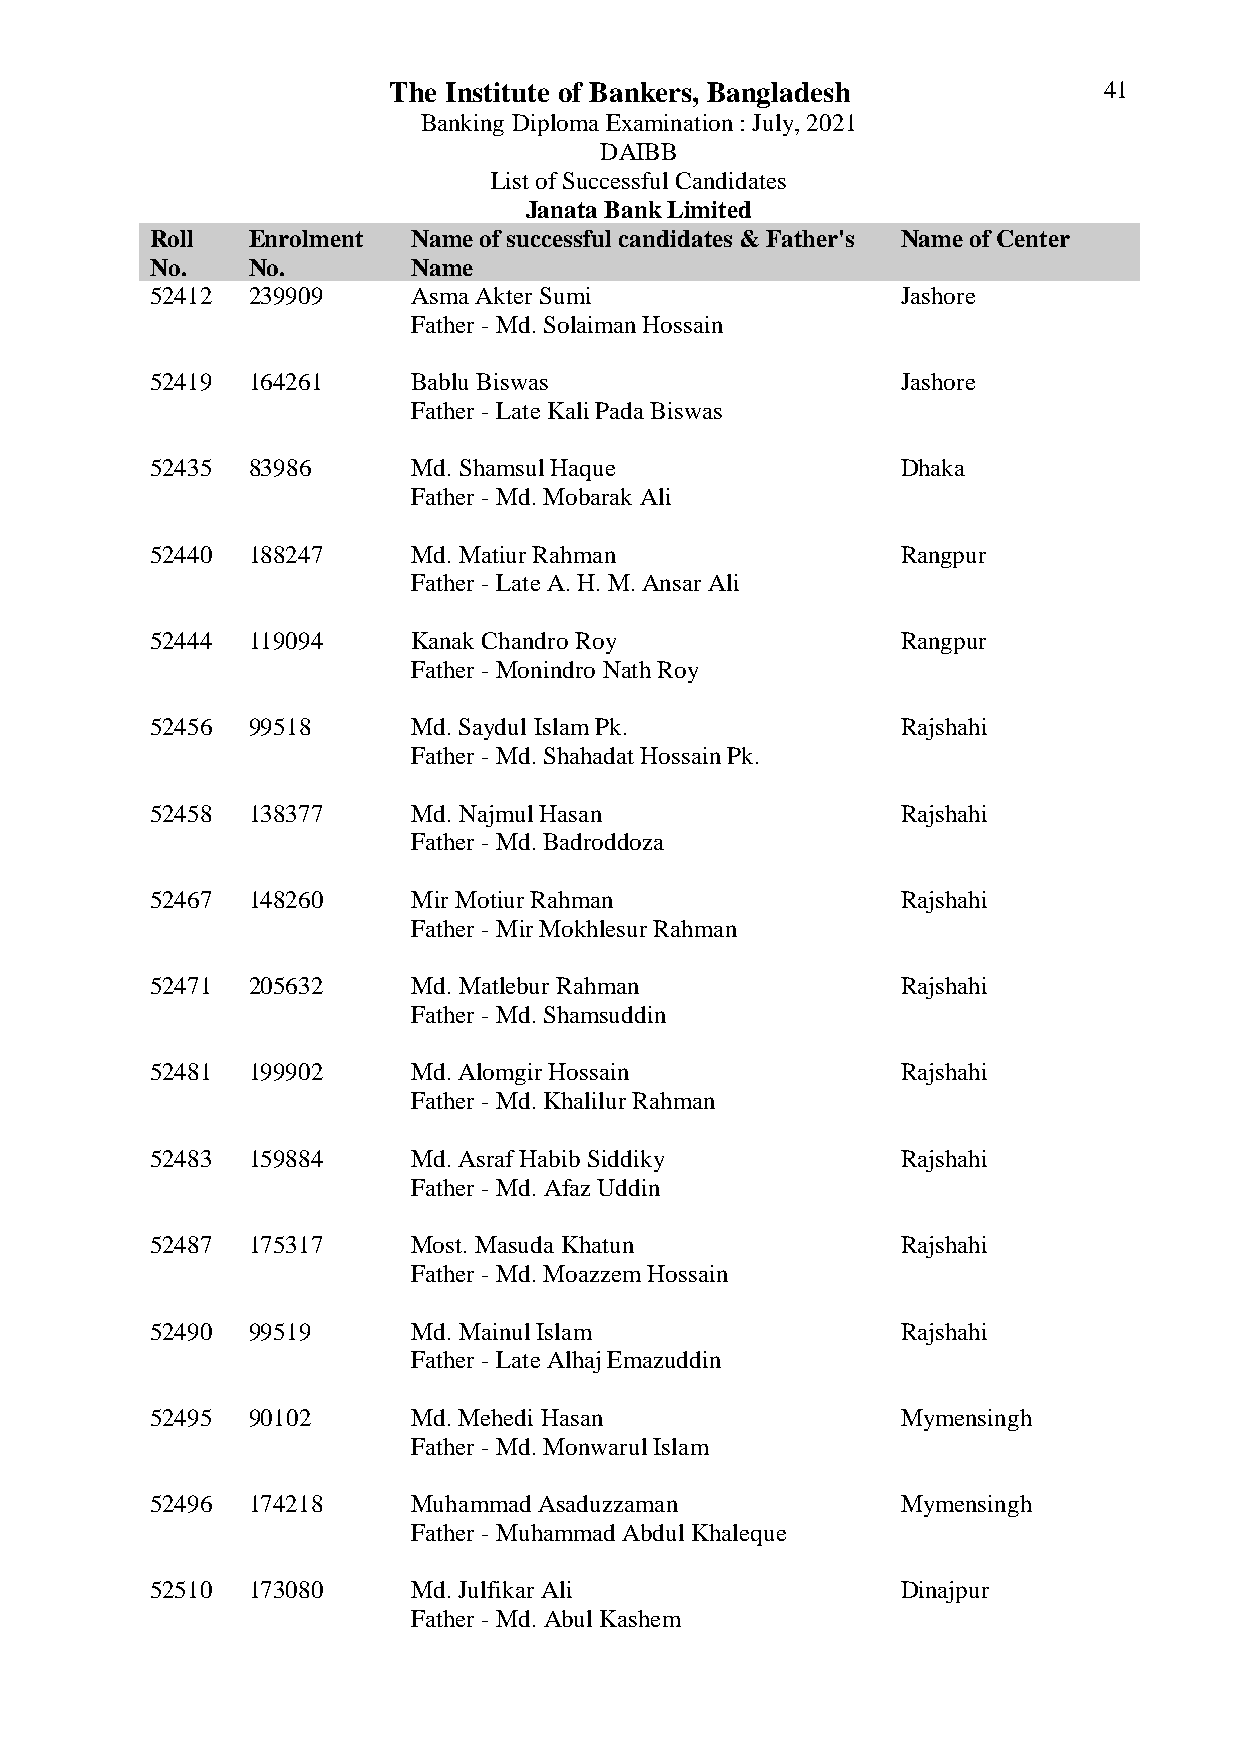
The Institute of Bankers, Bangladesh           41
 Banking Diploma Examination : July, 2021
 DAIBB
 List of Successful Candidates
 Janata Bank Limited
 Roll  Enrolment  Name of successful candidates & Father's Name of Center
 No.   No.        Name
 52412 239909     Asma Akter Sumi                  Jashore
 Father - Md. Solaiman Hossain
 52419 164261     Bablu Biswas                     Jashore
 Father - Late Kali Pada Biswas
 52435 83986      Md. Shamsul Haque                Dhaka
 Father - Md. Mobarak Ali
 52440 188247     Md. Matiur Rahman                Rangpur
 Father - Late A. H. M. Ansar Ali
 52444 119094     Kanak Chandro Roy                Rangpur
 Father - Monindro Nath Roy
 52456 99518      Md. Saydul Islam Pk.             Rajshahi
 Father - Md. Shahadat Hossain Pk.
 52458 138377     Md. Najmul Hasan                 Rajshahi
 Father - Md. Badroddoza
 52467 148260     Mir Motiur Rahman                Rajshahi
 Father - Mir Mokhlesur Rahman
 52471 205632     Md. Matlebur Rahman              Rajshahi
 Father - Md. Shamsuddin
 52481 199902     Md. Alomgir Hossain              Rajshahi
 Father - Md. Khalilur Rahman
 52483 159884     Md. Asraf Habib Siddiky          Rajshahi
 Father - Md. Afaz Uddin
 52487 175317     Most. Masuda Khatun              Rajshahi
 Father - Md. Moazzem Hossain
 52490 99519      Md. Mainul Islam                 Rajshahi
 Father - Late Alhaj Emazuddin
 52495 90102      Md. Mehedi Hasan                 Mymensingh
 Father - Md. Monwarul Islam
 52496 174218     Muhammad Asaduzzaman             Mymensingh
 Father - Muhammad Abdul Khaleque
 52510 173080     Md. Julfikar Ali                 Dinajpur
 Father - Md. Abul Kashem